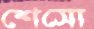
শেসো